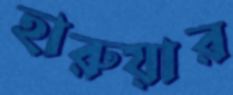
হারুয়ার